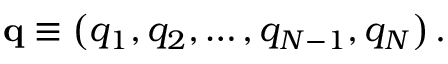
\mathbf { q } \equiv \left( q _ { 1 } , q _ { 2 } , \ldots , q _ { N - 1 } , q _ { N } \right) .